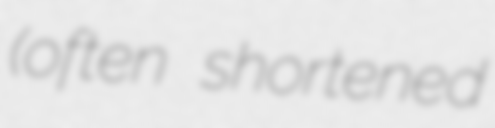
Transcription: (often shortened